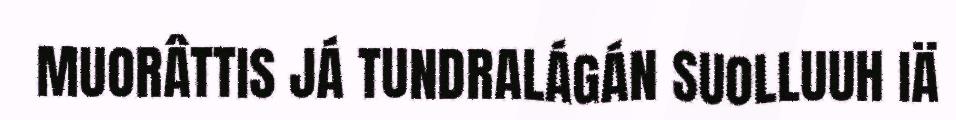
MUORÂTTIS JÁ TUNDRALÁGÁN SUOLLUUH IÄ